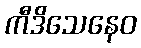
ကီဒိသေနေဝ